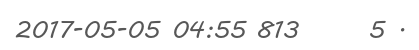
2017-05-05 04:55 813      5 .